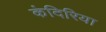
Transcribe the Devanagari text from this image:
कंदिरिया